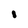
Character: I